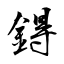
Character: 鍀